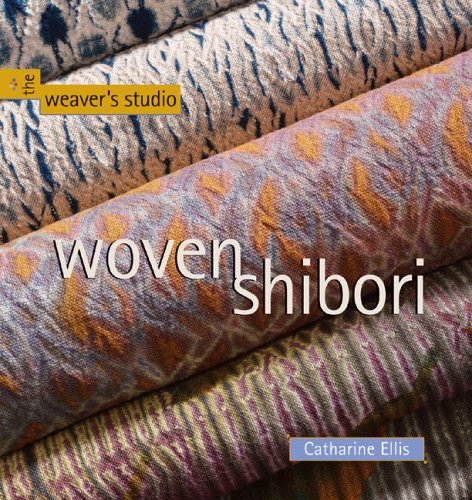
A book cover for Woven Shibori (The Weaver's Studio series); Catharine Ellis; Crafts, Hobbies & Home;